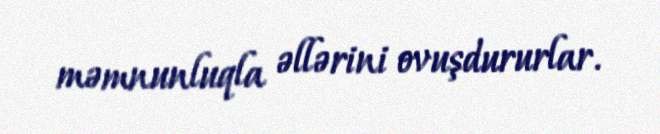
məmnunluqla əllərini ovuşdururlar.